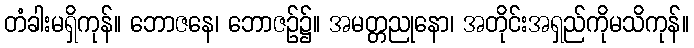
တံခါးမရှိကုန်။ ဘောဇနေ၊ ဘောဇဉ်၌။ အမတ္တညုနော၊ အတိုင်းအရှည်ကိုမသိကုန်။